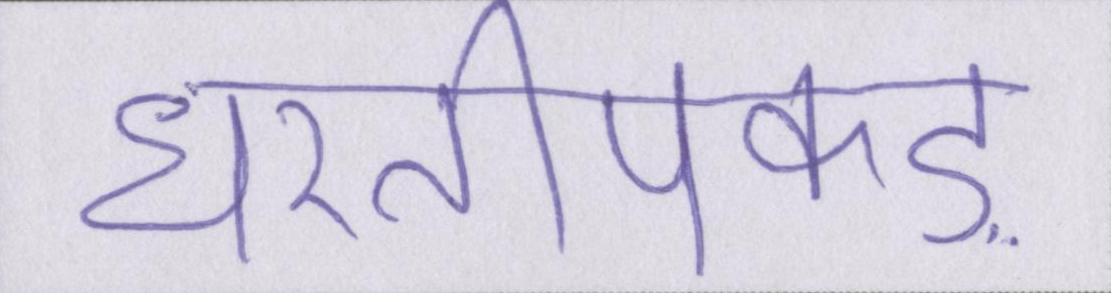
धरतीपकड़